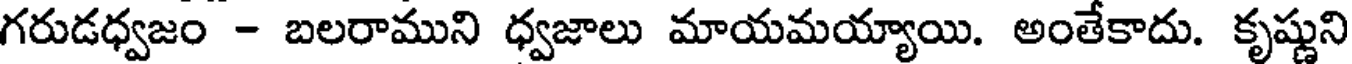
గరుడధ్వజం - బలరాముని ధ్వజాలు మాయమయ్యాయి. అంతేకాదు. కృష్ణుని